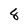
Character: 8